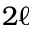
2 \ell